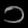
Digit: ၁